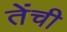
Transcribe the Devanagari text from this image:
तेंची